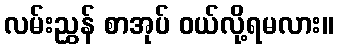
လမ်းညွှန် စာအုပ် ဝယ်လို့ရမလား။